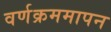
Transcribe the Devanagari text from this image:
वर्णक्रममापन